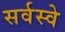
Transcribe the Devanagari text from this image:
सर्वस्वे